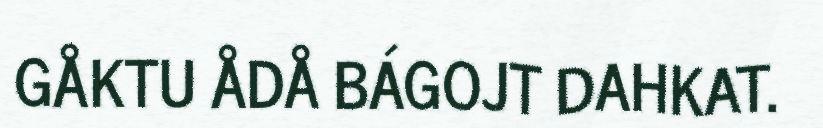
GÅKTU ÅDÅ BÁGOJT DAHKAT.